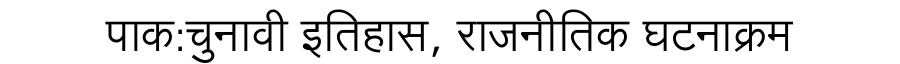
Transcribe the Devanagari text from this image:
पाक:चुनावी इतिहास, राजनीतिक घटनाक्रम